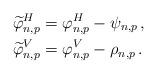
LaTeX: \begin{align*} \widetilde{\varphi}^{H}_{n,p} &= \varphi^{H}_{n,p} - \psi_{n,p}\,, \\ \widetilde{\varphi}^{V}_{n,p} &= \varphi^{V}_{n,p} - \rho_{n,p}\,.\end{align*}